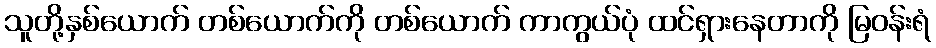
သူတို့နှစ်ယောက် တစ်ယောက်ကို တစ်ယောက် ကာကွယ်ပုံ ထင်ရှားနေတာကို မြဝန်းရံ